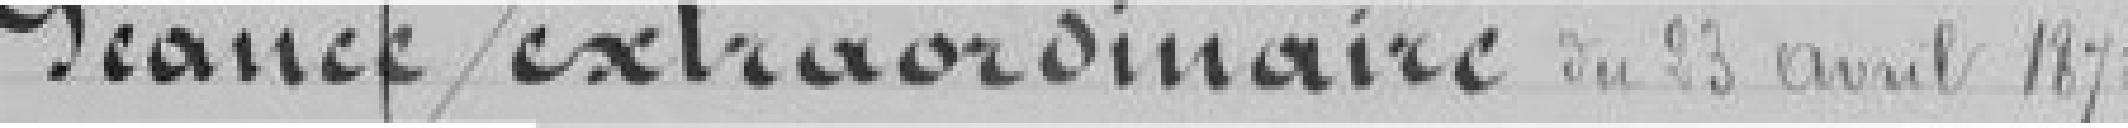
Séance extraordinaire du 23 avril 1875